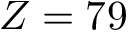
Z = 7 9